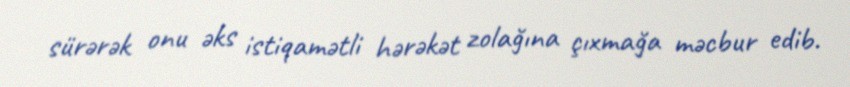
sürərək onu əks istiqamətli hərəkət zolağına çıxmağa məcbur edib.